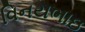
વિનયભાઇ